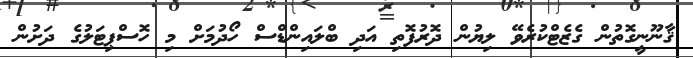
ޤާނޫނީގޮތުން ގެޒެޓްކުރެވޭ ލިޔުން ދޮރުފޮތި އަދި ބްލައިންޑްސް ހޯދުމަށް މި ހޮސްޕިޓަލުގެ ދަށުން